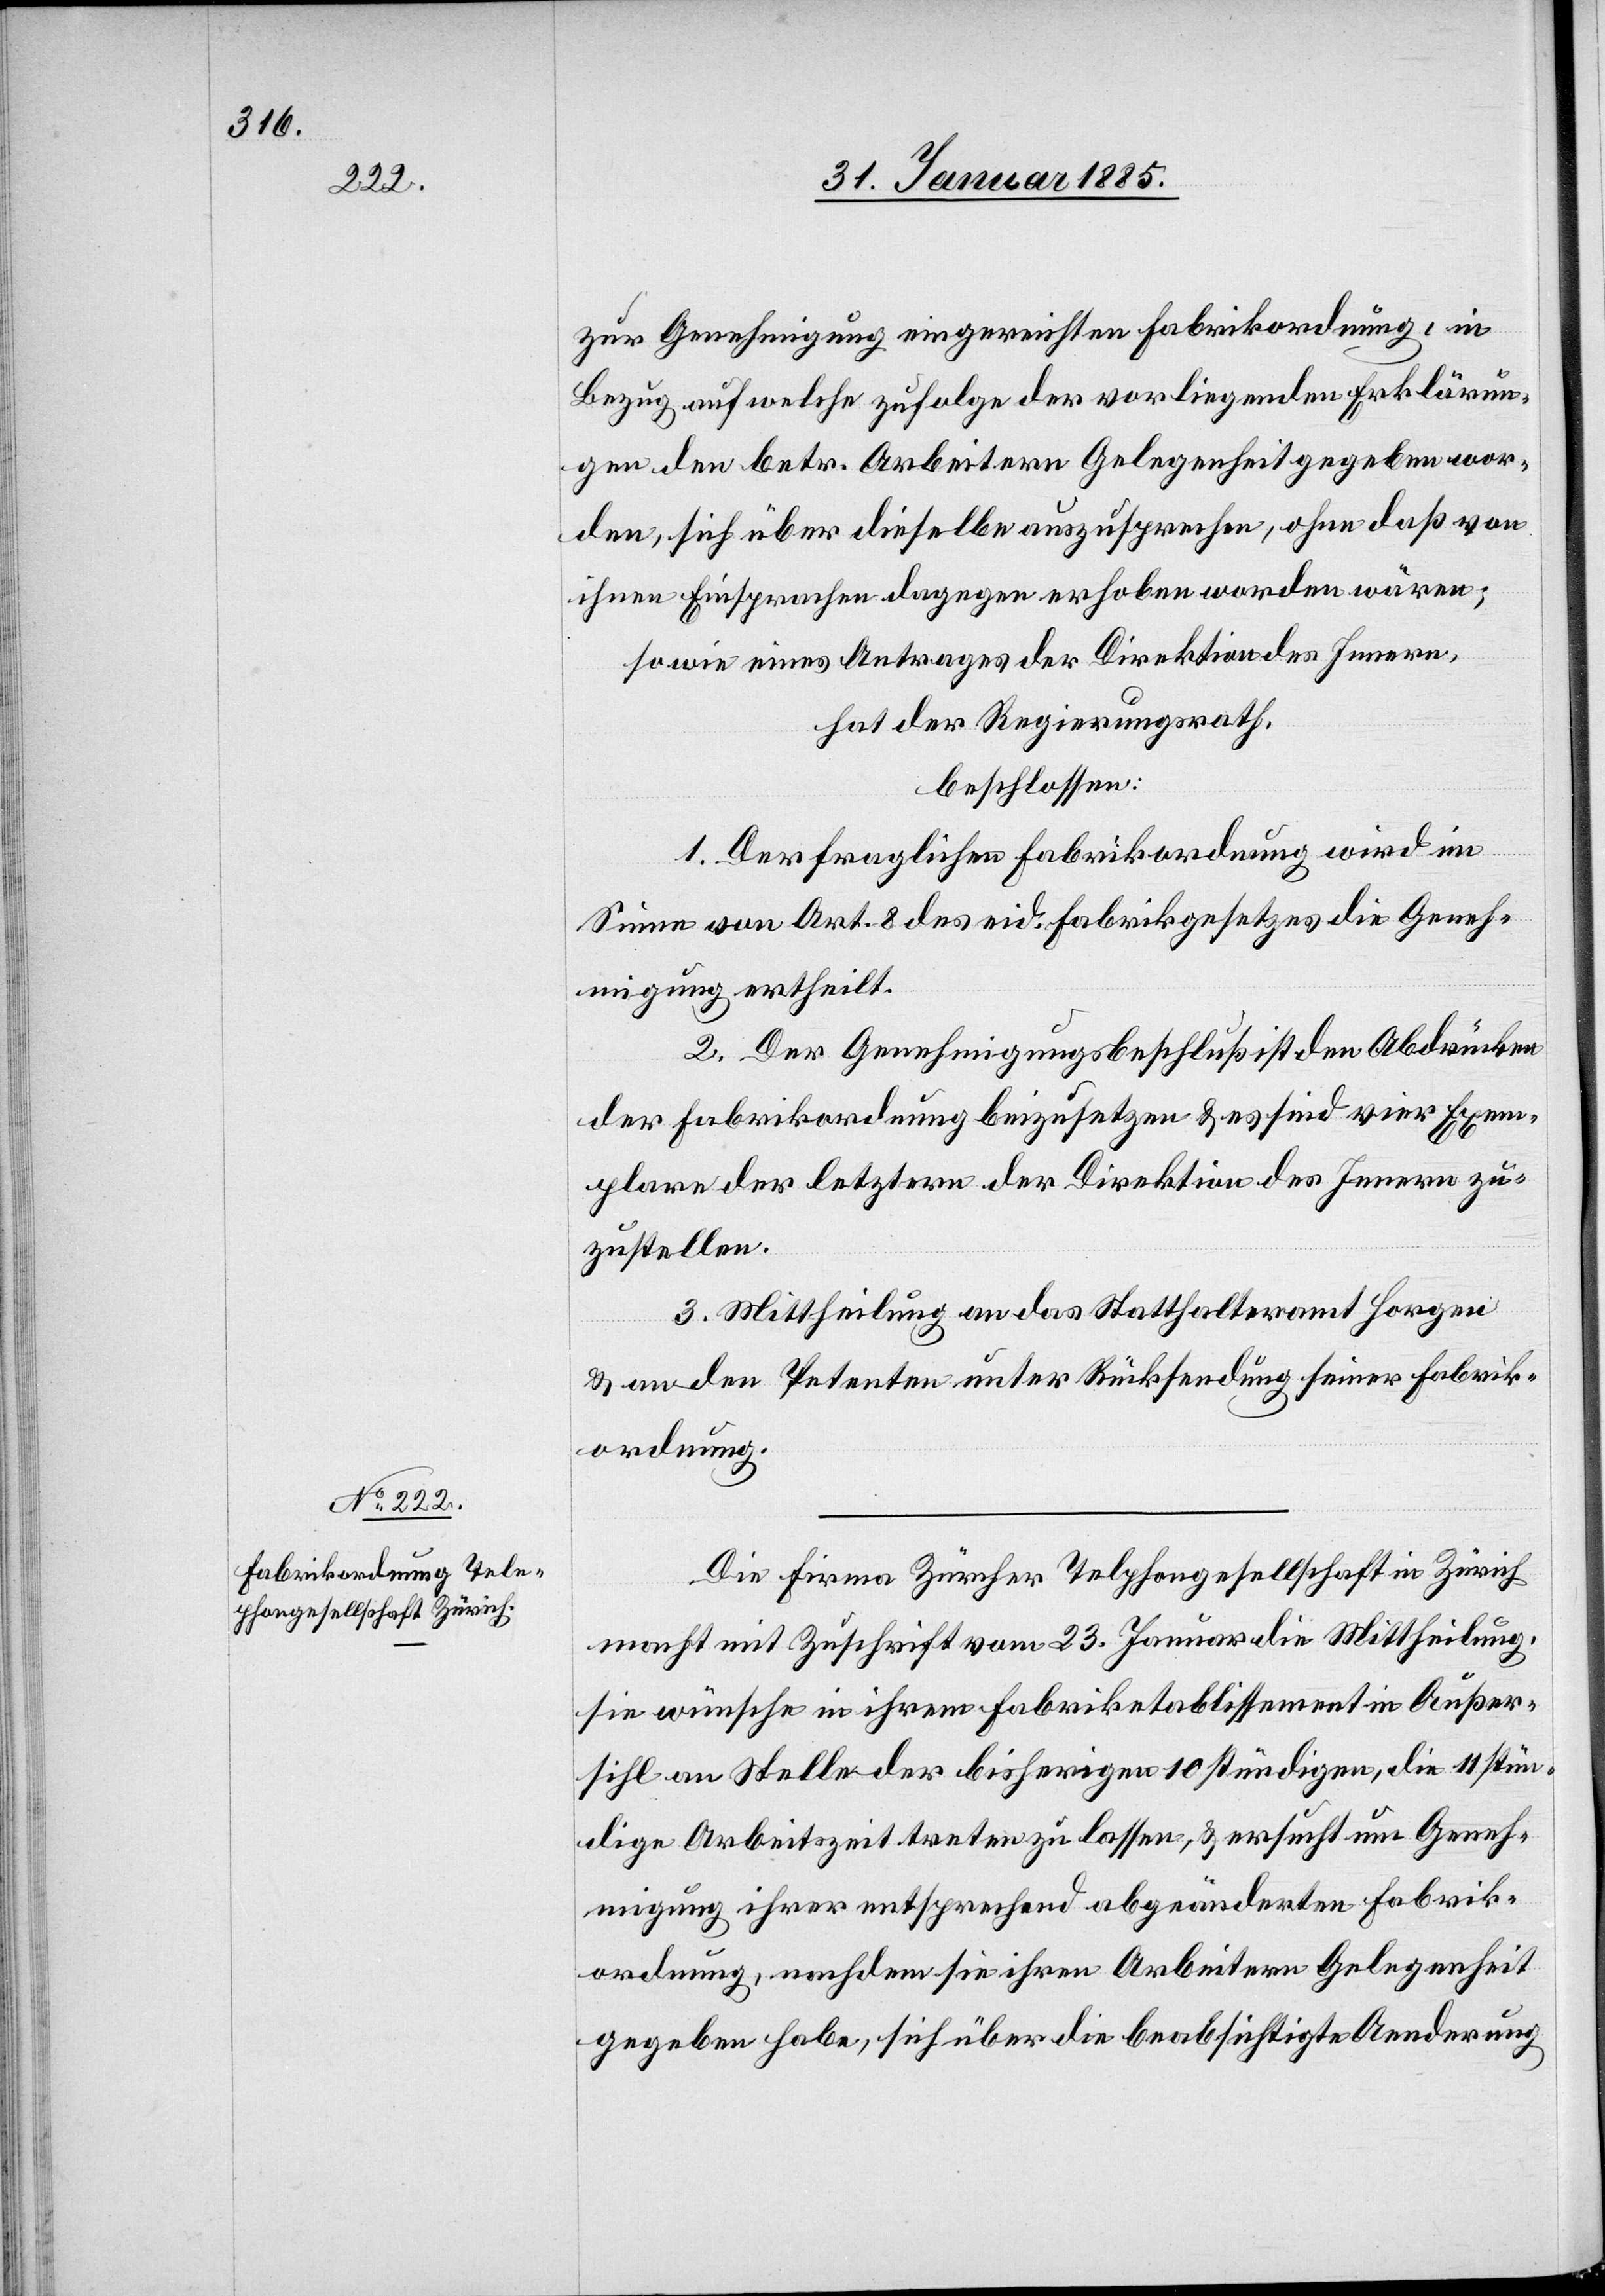
zur Genehmigung eingereichten Fabrikordnung, in
Bezug auf welche zufolge der vorliegenden Erklärun¬
gen den betr. Arbeitern Gelegenheit gegeben wor¬
den, sich über dieselbe auszusprechen, ohne daß von
ihnen Einsprachen dagegen erhoben worden wären;
sowie eines Antrages der Direktion des Innern,
hat der Regierungsrath,
beschlossen:
1. Der fraglichen Fabrikordnung wird im
Sinne von Art. 8 des eid. Fabrikgesetzes die Geneh¬
migung ertheilt.
2. Der Genehmigungsbeschluß ist den Abdrücken
der Fabrikordnung beizusetzen & es sind vier Exem¬
plare der letztern der Direktion des Innern zu¬
zustellen.
3. Mittheilung an das Statthalteramt Horgen
& an den Petenten unter Rücksendung seiner Fabrik¬
ordnung.
Die Firma Zürcher Telephongesellschaft in Zürich
macht mit Zuschrift vom 23. Januar die Mittheilung,
sie wünsche in ihrem Fabriketablissement in Außer¬
sihl an Stelle der bisherigen 10 stündigen, die 11 stün¬
dige Arbeitszeit treten zu lassen, & ersucht um Geneh¬
migung ihrer entsprechend abgeänderten Fabrik¬
ordnung, nachdem sie ihren Arbeitern Gelegenheit
gegeben habe, sich über die beabsichtigte Aenderung